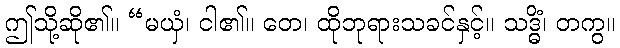
ဤသို့ဆို၏။ “မယှံ၊ ငါ၏။ တေ၊ ထိုဘုရားသခင်နှင့်။ သဒ္ဓိံ၊ တကွ။